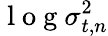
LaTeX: \mathrm{~l~o~g~}\sigma_{t,n}^{2}